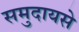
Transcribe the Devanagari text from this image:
समुदायसे